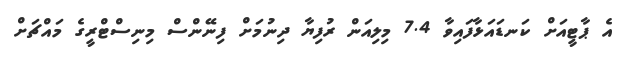
އެ ޕާޓީއަށް ކަނޑައަޅާފައިވާ 7.4 މިލިއަން ރުފިޔާ ދިނުމަށް ފިނޭންސް މިނިސްޓްރީގެ މައްޗަށް